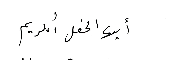
أيها الحفل الكريم